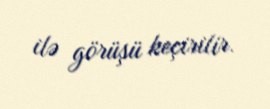
ilə görüşü keçirilir.